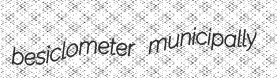
besiclometer municipally